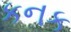
કનક